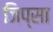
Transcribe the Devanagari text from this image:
जिप्सा